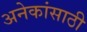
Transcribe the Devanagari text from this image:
अनेकांसाठी